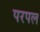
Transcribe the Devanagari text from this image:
परपल